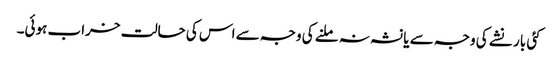
کئی بار نشے کی وجہ سے یا نشہ نہ ملنے کی وجہ سے اس کی حالت خراب ہوئی۔